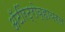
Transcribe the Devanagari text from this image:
अँटीरेट्रोव्हायरल